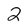
Character: 2